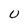
Character: U